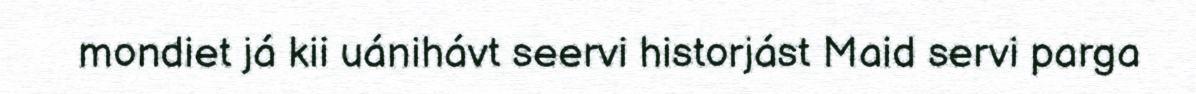
mondiet já kii uánihávt seervi historjást Maid servi parga